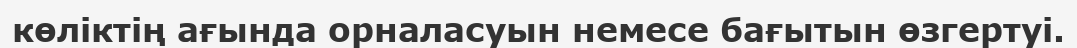
көліктің ағында орналасуын немесе бағытын өзгертуі.